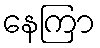
နေကြာ